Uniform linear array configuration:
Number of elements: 8
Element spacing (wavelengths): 1
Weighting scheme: uniform
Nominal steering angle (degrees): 15
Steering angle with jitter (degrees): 14.088
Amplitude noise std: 0.05
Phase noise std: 0.05

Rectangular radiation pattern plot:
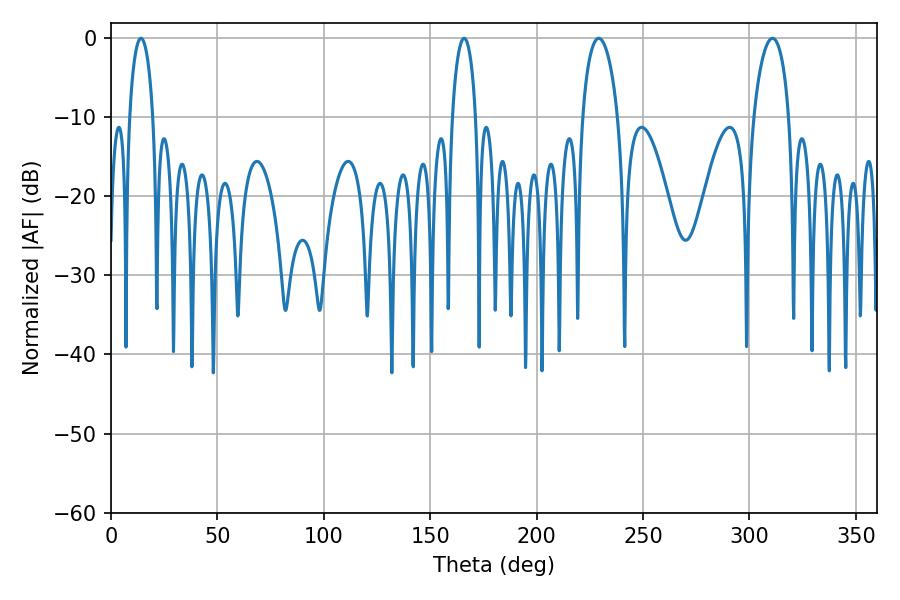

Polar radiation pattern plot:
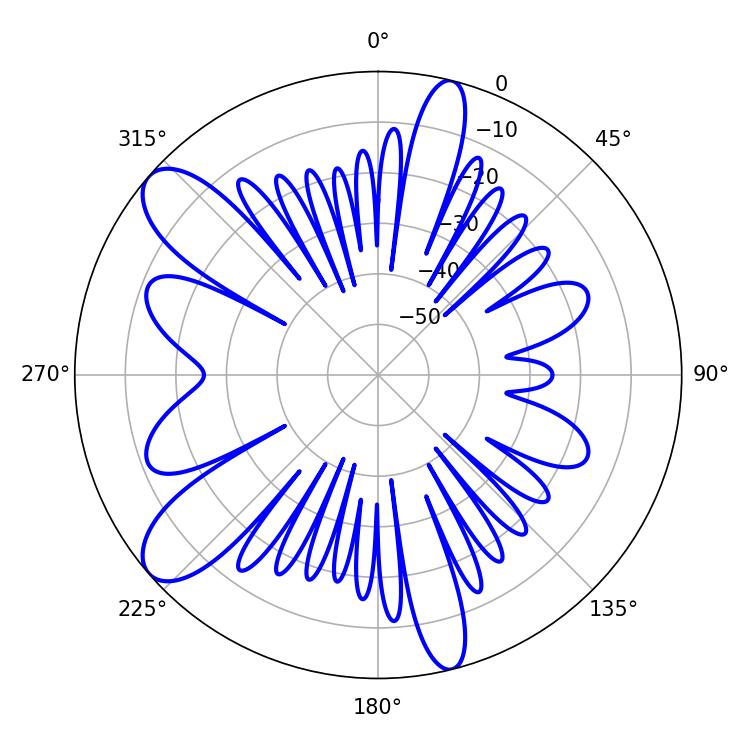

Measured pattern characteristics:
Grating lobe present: TRUE
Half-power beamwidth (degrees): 9.54
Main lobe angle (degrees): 229.14